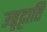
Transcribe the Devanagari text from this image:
उत्रृट्टाति